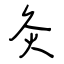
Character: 灸